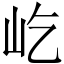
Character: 屹